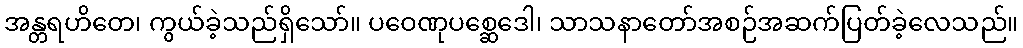
အန္တရဟိတေ၊ ကွယ်ခဲ့သည်ရှိသော်။ ပဝေဏုပစ္ဆေဒေါ၊ သာသနာတော်အစဉ်အဆက်ပြတ်ခဲ့လေသည်။